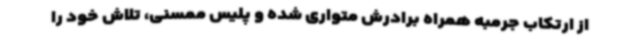
از ارتکاب جرمبه همراه برادرش متواری شده و پلیس ممسنی، تلاش خود را